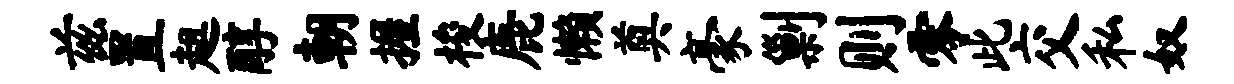
兹置趄醇朝握梭鹿懒奠豪剿则零此交私奴